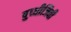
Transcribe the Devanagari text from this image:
बुध्धीजिवी